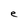
Character: e